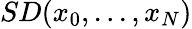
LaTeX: SD(x_{0},...,x_{N})